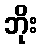
ဘိုး